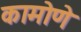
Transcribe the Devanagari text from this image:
कामोणे